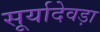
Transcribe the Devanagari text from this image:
सूर्यादेवड़ा